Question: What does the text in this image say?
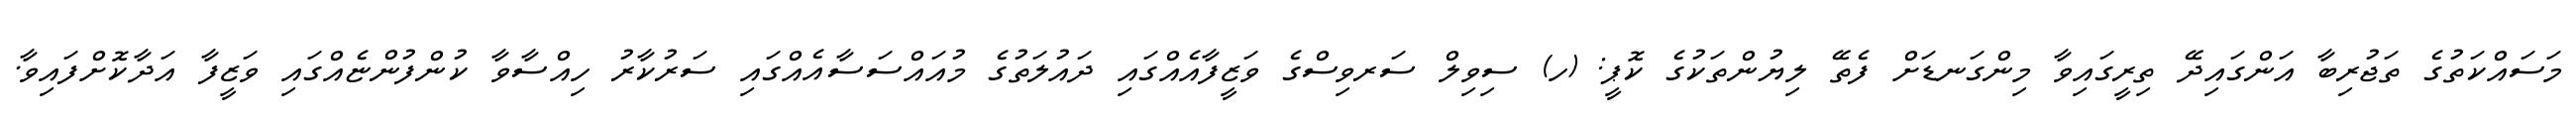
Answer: މަސައްކަތުގެ ތަޖުރިބާ އަންގައިދޭ ތިރީގައިވާ މިންގަނޑަށް ފެތޭ ލިޔުންތަކުގެ ކޮޕީ: (ހ) ސިވިލް ސަރވިސްގެ ވަޒީފާއެއްގައި ދައުލަތުގެ މުއައްސަސާއެއްގައި ސަރުކާރު ހިއްސާވާ ކުންފުންޏެއްގައި ވަޒީފާ އަދާކޮށްފައިވާ.